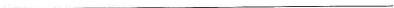
___